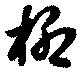
柳